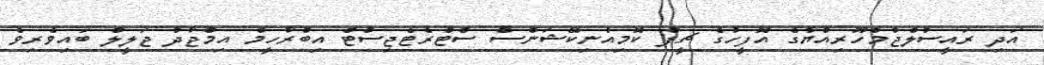
އަދި ރައީސުލްޖުމްހޫރިއްޔާގެ އޮފީހުގެ ޗީފް ކޮމިއުނިކޭޝަންސް ސްޓްރެޓެޖިސްޓް އިބްރާހީމް އިމްޖާދު ޖަލީލް ބައިވެރިވެ